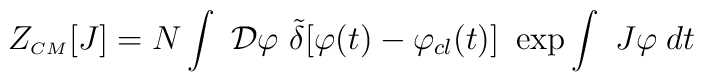
Z_{\scriptscriptstyle CM}[J]=N\int~{\cal D}\varphi ~{\tilde{\delta}}[\varphi (t)-\varphi _{cl}(t)]~\exp\int ~J\varphi \;dt